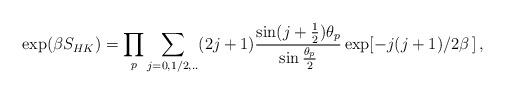
LaTeX: \begin{align*}\exp (\beta S_{HK})=\prod_p \sum_{j=0,1/2,..} (2j+1) \frac{\sin (j+\frac{1}{2})\theta_p}{\sin \frac{\theta_p}{2}} \exp [ -j(j+1)/2\beta \,] \, ,\end{align*}